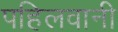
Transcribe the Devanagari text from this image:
पहिलवानी